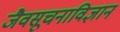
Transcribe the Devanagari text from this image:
जैवसूचनाविज्ञान